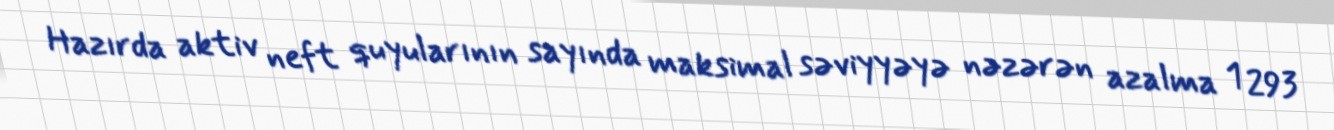
Hazırda aktiv neft quyularının sayında maksimal səviyyəyə nəzərən azalma 1 293